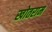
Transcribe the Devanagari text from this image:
खोतराम